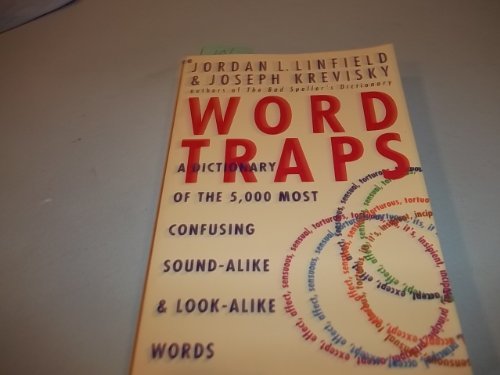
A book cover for Word Traps: A Dictionary of the 5,000 Most Confusing Sound-Alike and Look-Alike Words; Jordan L. Linfield; Reference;